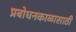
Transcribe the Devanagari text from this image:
प्रबोधनकाळासाठी